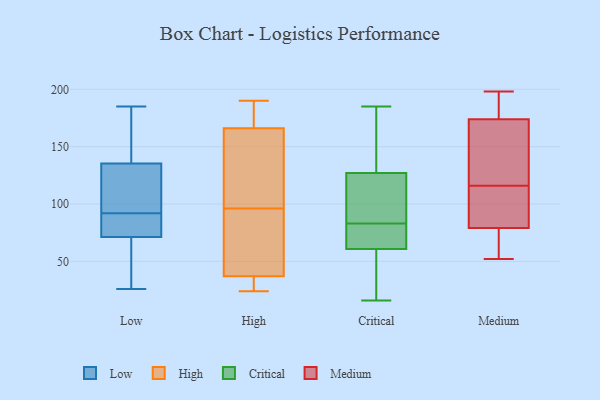
{"axis": {"x": "Tickets Resolved", "y": "Value"}, "legend": ["Critical", "High", "Low", "Medium"], "data": [{"x": "", "y": 172, "type": "Low"}, {"x": "", "y": 94, "type": "Low"}, {"x": "", "y": 26, "type": "Low"}, {"x": "", "y": 72, "type": "Low"}, {"x": "", "y": 103, "type": "Low"}, {"x": "", "y": 159, "type": "Low"}, {"x": "", "y": 124, "type": "Low"}, {"x": "", "y": 136, "type": "Low"}, {"x": "", "y": 79, "type": "Low"}, {"x": "", "y": 92, "type": "Low"}, {"x": "", "y": 133, "type": "Low"}, {"x": "", "y": 185, "type": "Low"}, {"x": "", "y": 31, "type": "Low"}, {"x": "", "y": 74, "type": "Low"}, {"x": "", "y": 45, "type": "Low"}, {"x": "", "y": 71, "type": "Low"}, {"x": "", "y": 138, "type": "Low"}, {"x": "", "y": 75, "type": "Low"}, {"x": "", "y": 62, "type": "Low"}, {"x": "", "y": 179, "type": "High"}, {"x": "", "y": 159, "type": "High"}, {"x": "", "y": 48, "type": "High"}, {"x": "", "y": 37, "type": "High"}, {"x": "", "y": 24, "type": "High"}, {"x": "", "y": 73, "type": "High"}, {"x": "", "y": 37, "type": "High"}, {"x": "", "y": 166, "type": "High"}, {"x": "", "y": 190, "type": "High"}, {"x": "", "y": 119, "type": "High"}, {"x": "", "y": 45, "type": "Critical"}, {"x": "", "y": 110, "type": "Critical"}, {"x": "", "y": 126, "type": "Critical"}, {"x": "", "y": 66, "type": "Critical"}, {"x": "", "y": 24, "type": "Critical"}, {"x": "", "y": 130, "type": "Critical"}, {"x": "", "y": 16, "type": "Critical"}, {"x": "", "y": 185, "type": "Critical"}, {"x": "", "y": 77, "type": "Critical"}, {"x": "", "y": 85, "type": "Critical"}, {"x": "", "y": 75, "type": "Critical"}, {"x": "", "y": 160, "type": "Critical"}, {"x": "", "y": 83, "type": "Critical"}, {"x": "", "y": 96, "type": "Medium"}, {"x": "", "y": 174, "type": "Medium"}, {"x": "", "y": 88, "type": "Medium"}, {"x": "", "y": 121, "type": "Medium"}, {"x": "", "y": 198, "type": "Medium"}, {"x": "", "y": 178, "type": "Medium"}, {"x": "", "y": 118, "type": "Medium"}, {"x": "", "y": 52, "type": "Medium"}, {"x": "", "y": 192, "type": "Medium"}, {"x": "", "y": 151, "type": "Medium"}, {"x": "", "y": 53, "type": "Medium"}, {"x": "", "y": 79, "type": "Medium"}, {"x": "", "y": 60, "type": "Medium"}, {"x": "", "y": 114, "type": "Medium"}]}